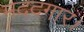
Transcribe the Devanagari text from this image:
मददगार।